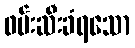
ဖမ်းဆီးခံရသော